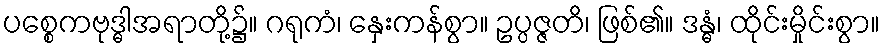
ပစ္စေကဗုဒ္ဓါအရာတို့၌။ ဂရုကံ၊ နှေးကန်စွာ။ ဥပ္ပဇ္ဇတိ၊ ဖြစ်၏။ ဒန္ဓံ၊ ထိုင်းမှိုင်းစွာ။